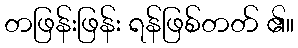
တဖြန်းဖြန်း ရန်ဖြစ်တတ် ၏။